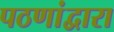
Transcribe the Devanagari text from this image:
पठणांद्वारा